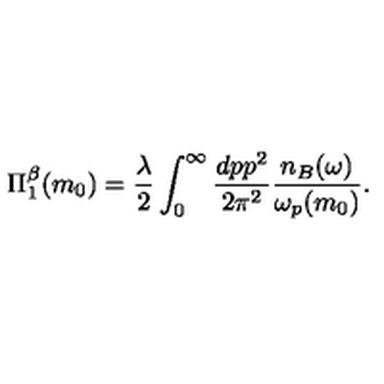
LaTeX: \Pi _ { 1 } ^ { \beta } ( m _ { 0 } ) = \frac { \lambda } { 2 } \int _ { 0 } ^ { \infty } \frac { d p p ^ { 2 } } { 2 \pi ^ { 2 } } \frac { n _ { B } ( \omega ) } { \omega _ { p } ( m _ { 0 } ) } .